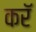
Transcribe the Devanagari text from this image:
करॅ